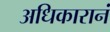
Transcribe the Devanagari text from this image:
अधिकारानं